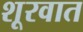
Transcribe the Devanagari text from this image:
शूरवात